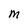
Character: M